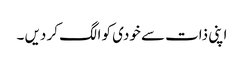
اپنی ذات سے خودی کو الگ کر دیں ۔